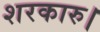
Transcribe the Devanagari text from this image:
शरकारु।